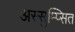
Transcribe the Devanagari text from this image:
अस्सुम्प्सित